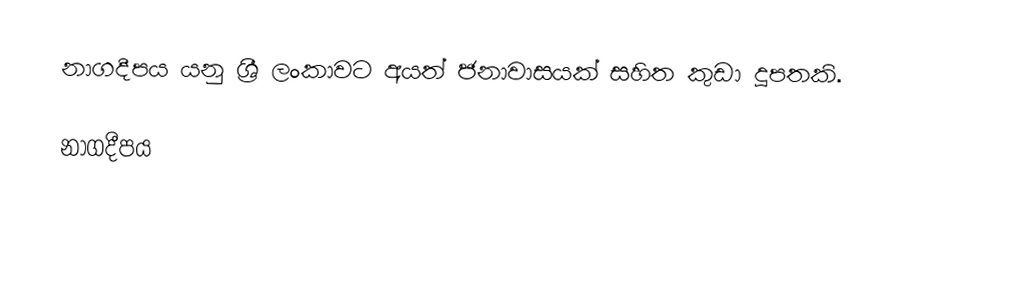
නාගදීපය යනු ශ්‍රී ලංකාවට අයත් ජනාවාසයක් සහිත කුඩා දූපතකි.

නාගදීපය